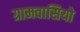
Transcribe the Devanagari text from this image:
ग्रामवासियो